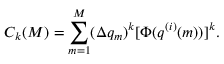
C _ { k } ( M ) = \sum _ { m = 1 } ^ { M } ( \Delta q _ { m } ) ^ { k } [ \Phi ( q ^ { ( i ) } ( m ) ) ] ^ { k } .